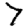
Digit: 7